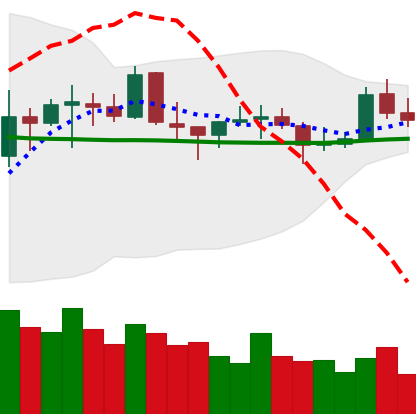
Ticker: EOS-USD
Chart end date: 2021-10-22
Forward return: -9.98%
Label: down_7plus